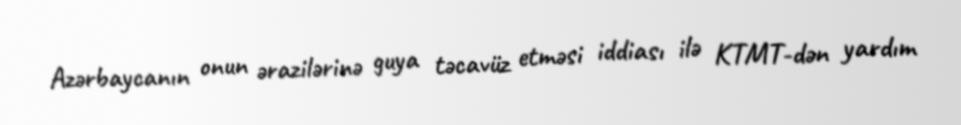
Azərbaycanın onun ərazilərinə guya təcavüz etməsi iddiası ilə KTMT-dən yardım